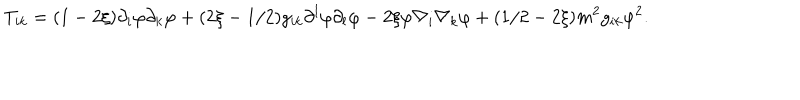
T _ { i k } = ( 1 - 2 \xi ) \partial _ { i } \varphi \partial _ { k } \varphi + ( 2 \xi - 1 / 2 ) g _ { i k } \partial ^ { l } \varphi \partial _ { l } \varphi - 2 \xi \varphi \nabla _ { i } \nabla _ { k } \varphi + ( 1 / 2 - 2 \xi ) m ^ { 2 } g _ { i k } \varphi ^ { 2 } .